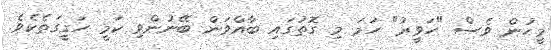
މީހުން ވެސް "ހަވީރު" ހަމަ މި ގޮތުގައި ބާއްވަން ބޭނުންވި ކަމީ ހަގީގަތެކެވެ.